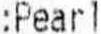
:PEARL